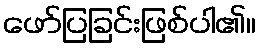
ဖော်ပြခြင်းဖြစ်ပါ၏။